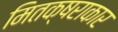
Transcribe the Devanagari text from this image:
मितक्षराकार